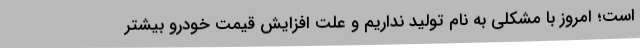
است؛ امروز با مشکلی به نام تولید نداریم و علت افزایش قیمت خودرو بیشتر